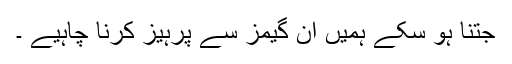
جتنا ہو سکے ہمیں ان گیمز سے پرہیز کرنا چاہیے ۔